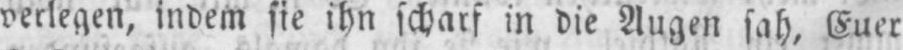
verlegen, indem sie ihn scharf in die Augen sah, Euer